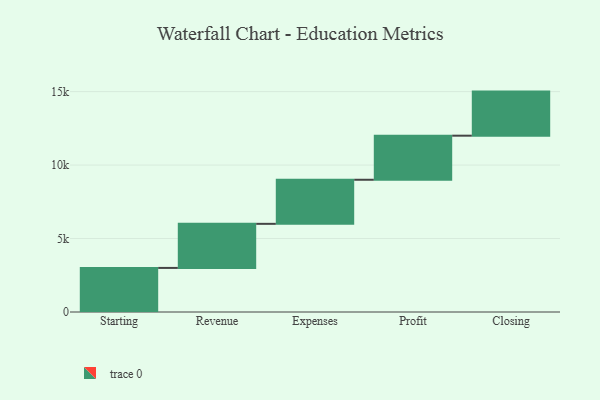
{"axis": {"x": "Step", "y": "Value"}, "legend": [""], "data": [{"x": "Starting", "y": 3000, "type": ""}, {"x": "Revenue", "y": 3000, "type": ""}, {"x": "Expenses", "y": 3000, "type": ""}, {"x": "Profit", "y": 3000, "type": ""}, {"x": "Closing", "y": 3000, "type": ""}]}